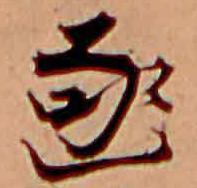
函